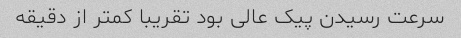
سرعت رسیدن پیک عالی بود تقریبا کمتر از دقیقه